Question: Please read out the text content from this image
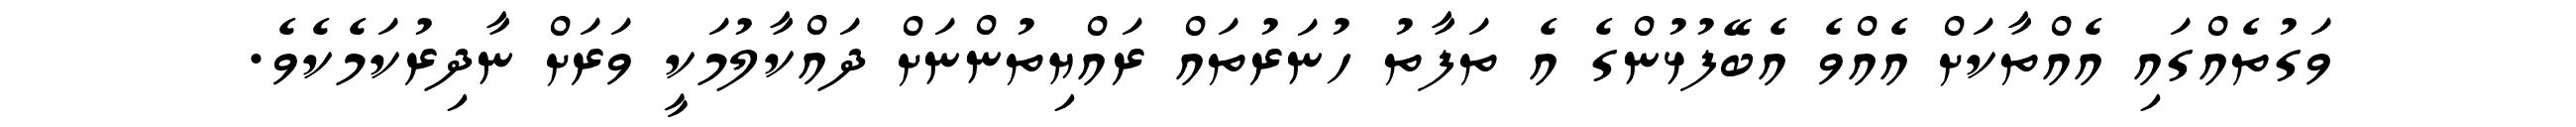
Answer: ވަގުތެއްގައި އެއްތާކަށް އެއްވެ އެބޭފުޅުންގެ އެ ތަފާތު ހުނަރުތައް ރައްޔިތުންނަށް ދައްކާލުމަކީ ވަރަށް ނާދިރުކަމެކެވެ.